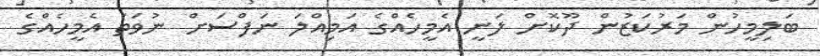
ބަލިމީހުން މަރުކަޒުން ދޫކޮށް ލަނީ އެމީހެއްގެ އަމިއްލަ ނަފްސަށް ނުވަތަ އެމީހެއްގެ